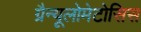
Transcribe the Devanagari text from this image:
ग्रैन्यूलोमेटोसिस